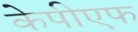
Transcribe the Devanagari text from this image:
केपीएफ